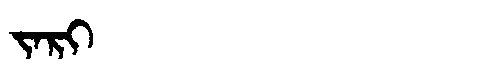
Manchu: ᠵᠠᡵᡳ
Romanization: JARI